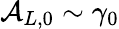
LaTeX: \mathcal{A}_{L,0}\sim\gamma_{0}